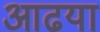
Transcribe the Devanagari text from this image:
आढया